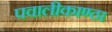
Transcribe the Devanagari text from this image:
पवालीकाण्ठा